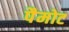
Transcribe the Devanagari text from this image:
पैमोट